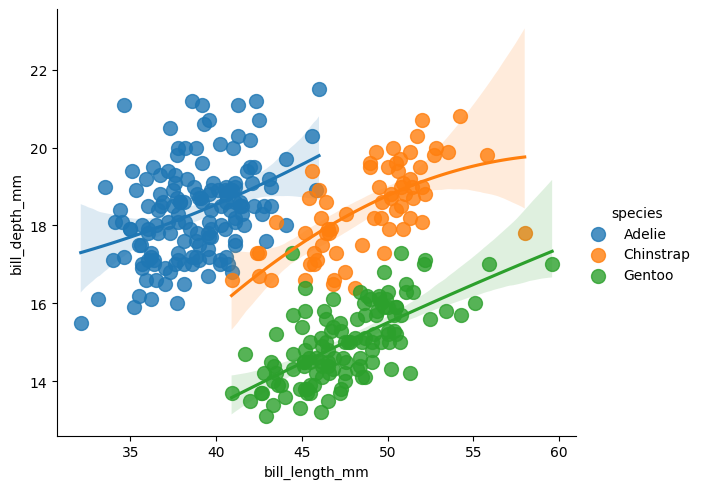
python, seaborn, lmplot, aspect=1.2, order=2, markers='o'